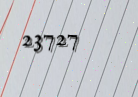
23727